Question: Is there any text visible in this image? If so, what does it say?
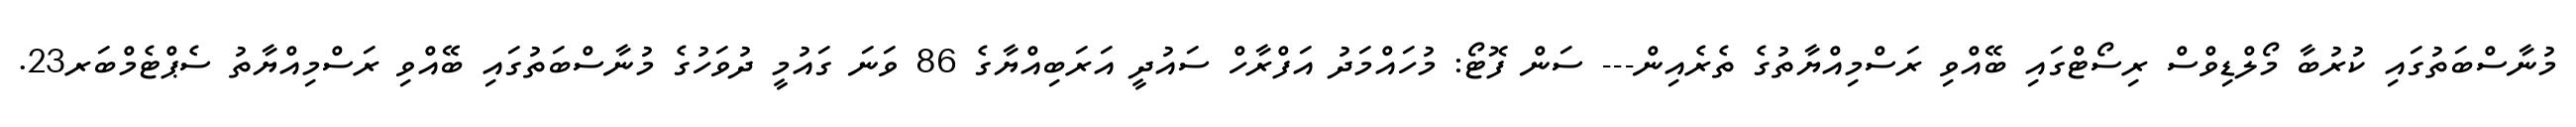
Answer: މުނާސްބަތުގައި ކުރުބާ މޯލްޑިވްސް ރިސޯޓްގައި ބޭއްވި ރަސްމިއްޔާތުގެ ތެރެއިން--- ސަން ފޮޓޯ: މުހައްމަދު އަފްރާހް ސައުދީ އަރަބިއްޔާގެ 86 ވަނަ ގައުމީ ދުވަހުގެ މުނާސްބަތުގައި ބޭއްވި ރަސްމިއްޔާތު ސެޕްޓެމްބަރ23.